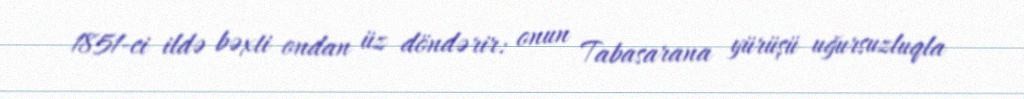
1851-ci ildə bəxti ondan üz döndərir: onun Tabasarana yürüşü uğursuzluqla